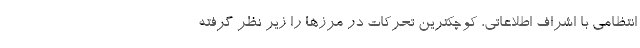
انتظامی با اشراف اطلاعاتی، کوچکترین تحرکات در مرزها را زیر نظر گرفته